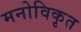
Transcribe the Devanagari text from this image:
मनोविकृत